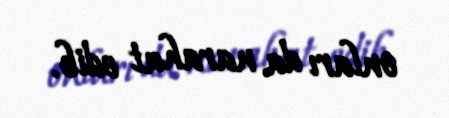
onları da narahat edib.